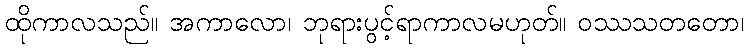
ထိုကာလသည်။ အကာလော၊ ဘုရားပွင့်ရာကာလမဟုတ်။ ဝဿသတတော၊